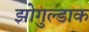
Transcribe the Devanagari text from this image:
झोगुल्डाक